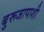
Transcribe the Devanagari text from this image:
बुरूजापाशी